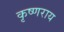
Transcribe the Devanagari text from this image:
कृष्णराय